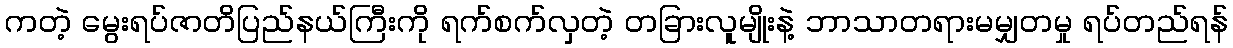
ကတဲ့ မွေးရပ်ဇာတိပြည်နယ်ကြီးကို ရက်စက်လှတဲ့ တခြားလူမျိုးနဲ့ ဘာသာတရားမမျှတမှု ရပ်တည်ရန်